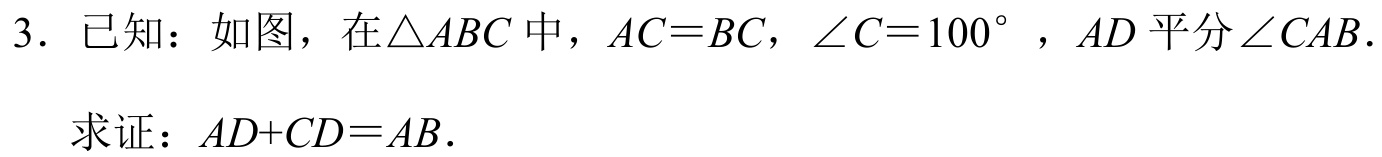
3. 已知：如图，在\(\triangle ABC\)中，\(AC = BC\)，\(\angle C = 100^{\circ}\)，\(AD\)平分\(\angle CAB\).
   求证：\(AD + CD = AB\).